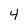
Character: 4